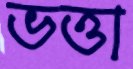
ভত্তা